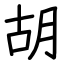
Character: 胡